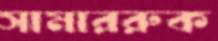
সামাররুক